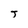
Character: T